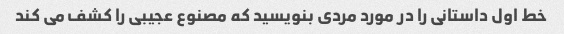
خط اول داستانی را در مورد مردی بنویسید که مصنوع عجیبی را کشف می کند